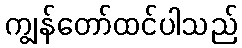
ကျွန်တော်ထင်ပါသည်